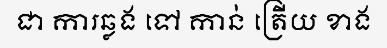
ជា ការឆ្លង ទៅ កាន់ ត្រើយ ខាង